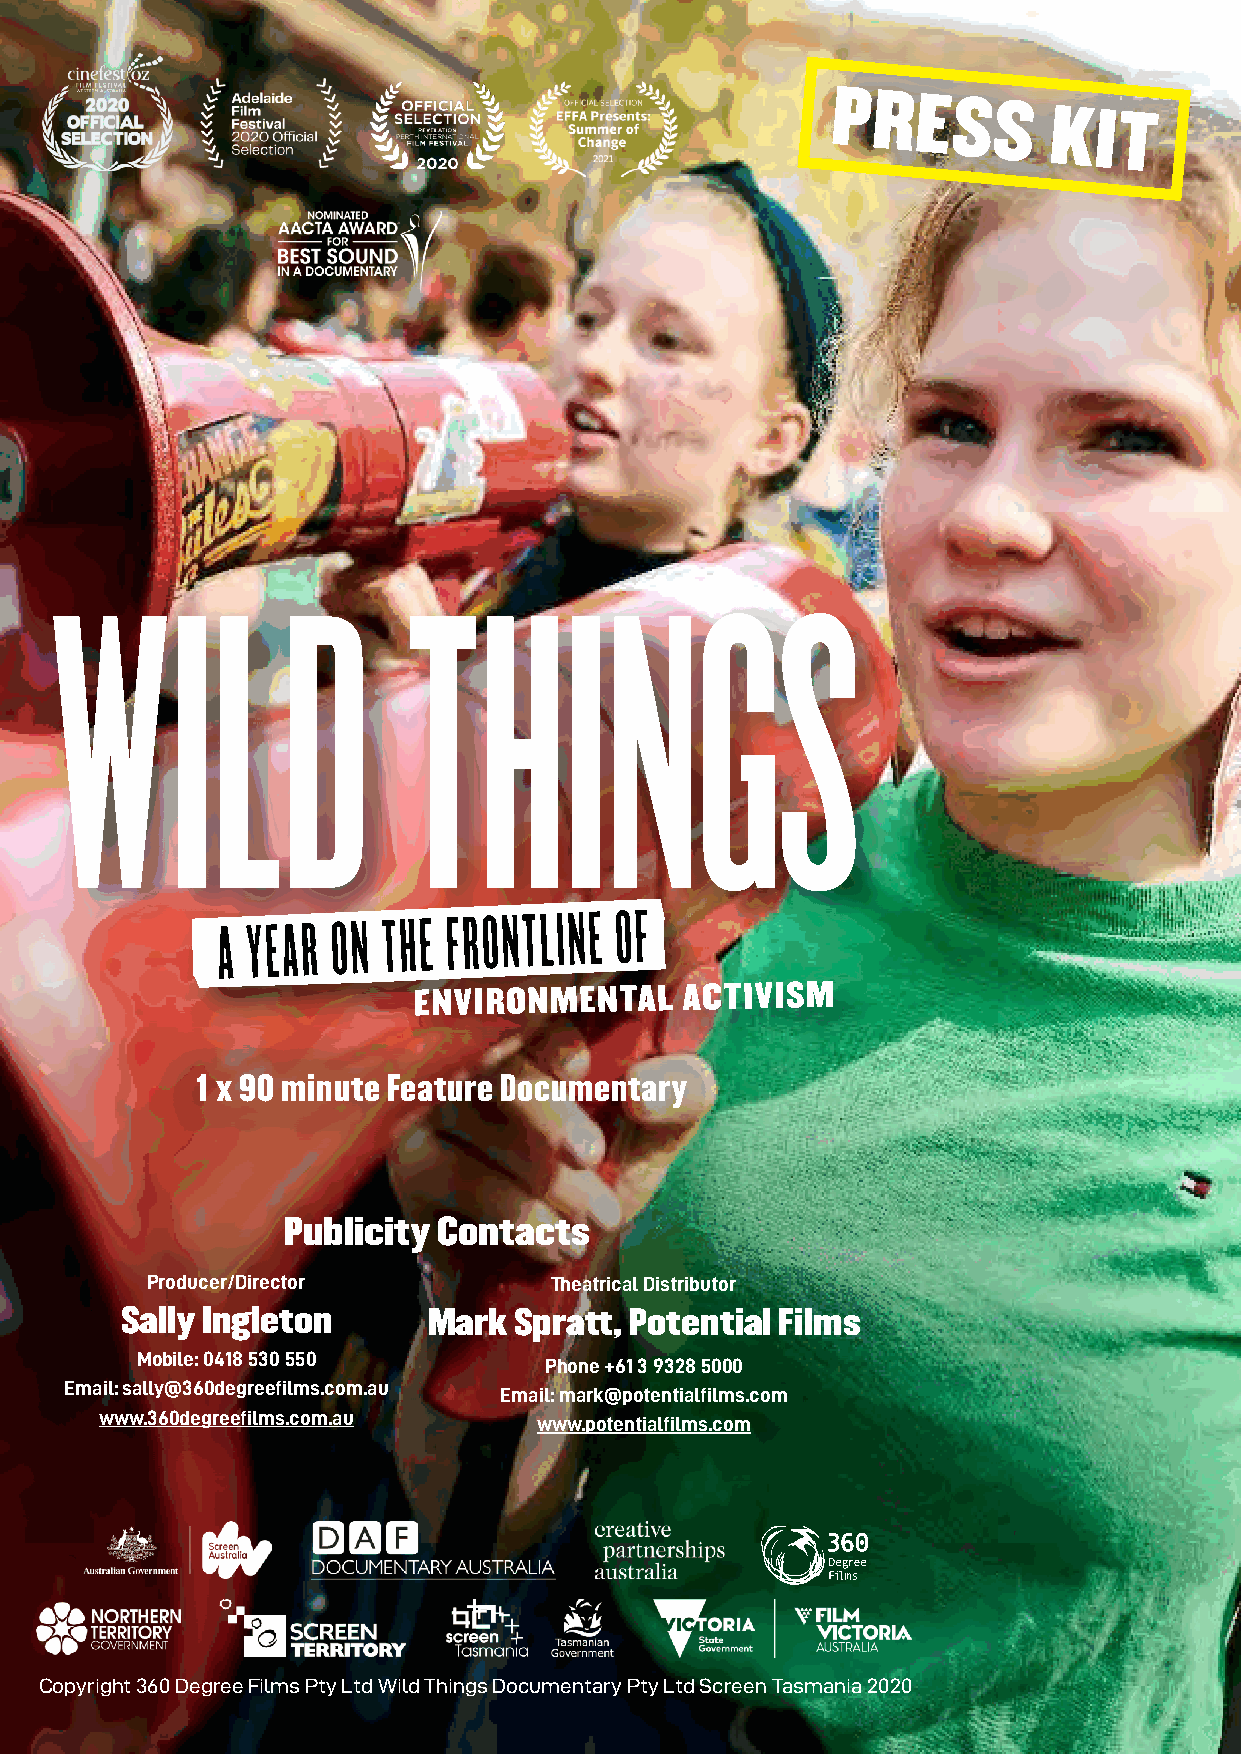
PRESS
 KIT
 1 x 90 minute Feature Documentary
 Publicity Contacts
 Producer/Director         Theatrical Distributor
 Sally Ingleton      Mark  Spratt, Potential Films
 Mobile: 0418 530 550
 Phone +61 3 9328 5000
 Email: sally@360degreefilms.com.au
 Email: mark@potentialfilms.com
 www.360degreefilms.com.au
 www.potentialfilms.com
 Copyright 360 Degree Films Pty Ltd Wild Things Documentary Pty Ltd Screen Tasmania 2020